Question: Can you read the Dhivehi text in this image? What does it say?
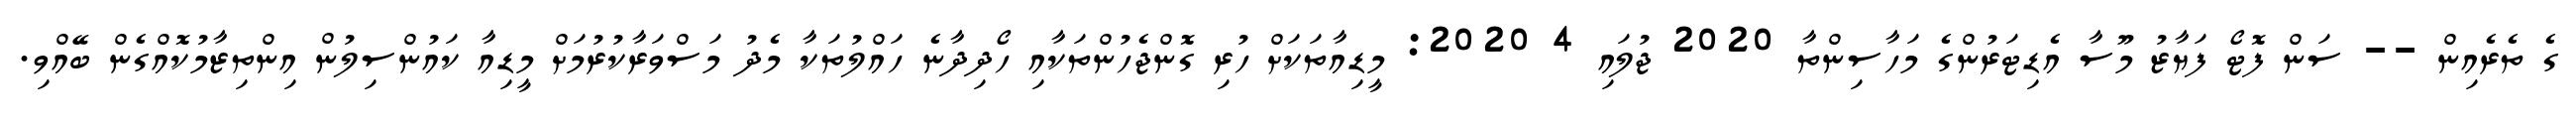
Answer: ގެ ތެރެއިން -- ސަން ފޮޓޯ ފަޔާޒު މޫސާ އެޑިޓަރުންގެ މަހާސިންތާ 2020 ޖުލައި 4 2020: މީޑިއާތަކަށް ހުރި ގޮންޖެހުންތަކާއި ހޯދިދާނެ ހައްލުތަކާ މެދު މަސްވަރާކުރުމަށް މީޑިއާ ކައުންސިލުން އިންތިޒާމުކޮއްގެން ބޭއްވި.